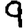
Digit: 9